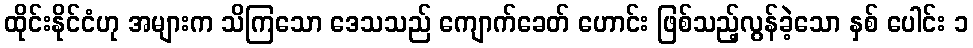
ထိုင်းနိုင်ငံဟု အများက သိကြသော ဒေသသည် ကျောက်ခေတ် ဟောင်း ဖြစ်သည့်လွန်ခဲ့သော နှစ် ပေါင်း ၁